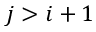
j > i + 1